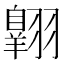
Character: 𫅱